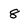
Character: 8